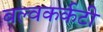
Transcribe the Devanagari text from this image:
बल्वकर्कटी